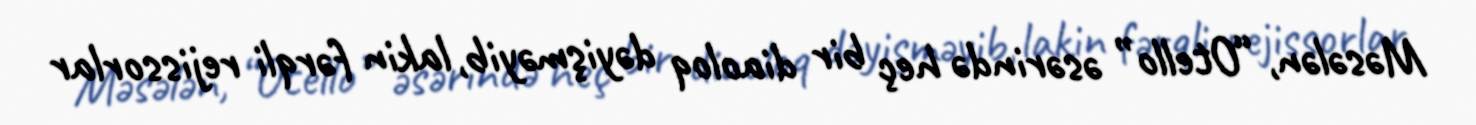
Məsələn, “Otello” əsərində heç bir diaoloq dəyişməyib, lakin fərqli rejissorlar